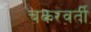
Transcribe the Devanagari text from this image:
चकरवर्ती